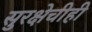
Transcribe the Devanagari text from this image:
सुरक्षेचीही